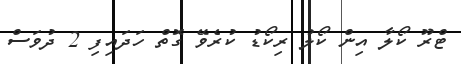
ޓްރޫ ކޯލާ އިން ކޯލު ރިކޯޑު ކުރެވޭ ގޮތް ހަދައިފި 2 ދުވަސް